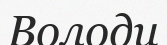
Володи